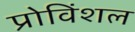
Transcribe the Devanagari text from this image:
प्रोविंशल